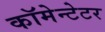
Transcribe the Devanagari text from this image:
कॉमेन्टेटर